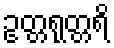
ဥတ္တရုတ္တရိ